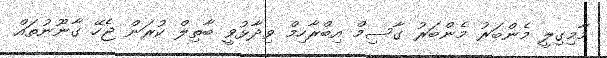
މާމިގިލީ މެންބަރު މެންބަރު ގާސިމް އިބްރާހިމް ވިދާޅުވީ ބާތިލް ކުރަން ޖެހޭ ގާނޫނުތައް